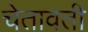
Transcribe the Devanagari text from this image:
चेतावती